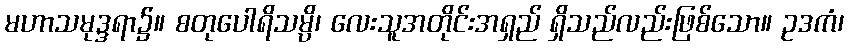
မဟာသမုဒ္ဒရာ၌။ စတုပေါရိသမ္ပိ၊ လေးသူအတိုင်းအရှည် ရှိသည်လည်းဖြစ်သော။ ဥဒကံ၊